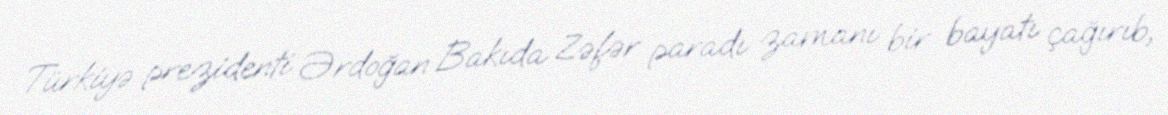
Türkiyə prezidenti Ərdoğan Bakıda Zəfər paradı zamanı bir bayatı çağırıb,